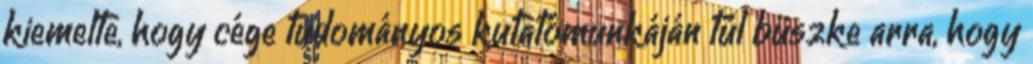
kiemelte, hogy cége tudományos kutatómunkáján túl büszke arra, hogy